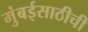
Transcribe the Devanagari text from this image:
मुंबईसाठीची